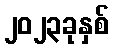
၂၀၂၃ခုနှစ်